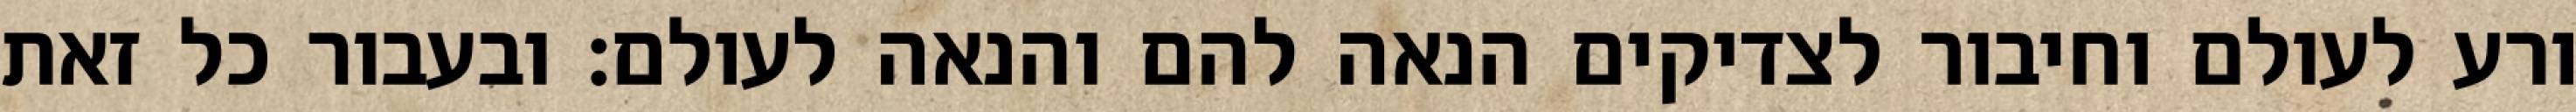
ורע לעולם וחיבור לצדיקים הנאה להם והנאה לעולם: ובעבור כל זאת